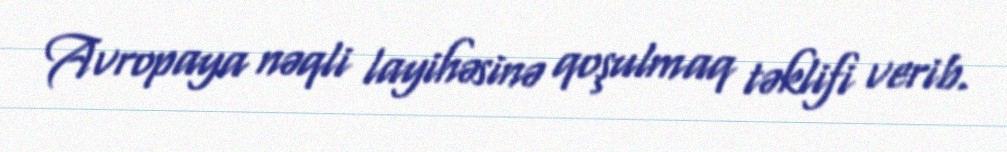
Avropaya nəqli layihəsinə qoşulmaq təklifi verib.